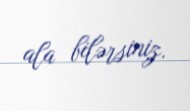
ala bilərsiniz.